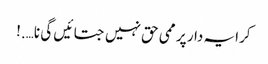
کرایہ دار پر ممی حق نہیں جتائیں گی نا….!